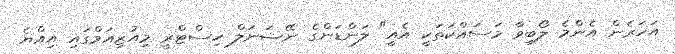
އަހަރެން އެންމެ ލޯބިވާ މަސައްކަތަކީ އެއީ" ލަންޑަންގެ ނޭޝަނަލް ހިސްޓްރީ މިއުޒިއަމްގައި އިއްޔެ